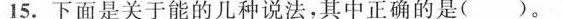
15.下面是关于能的几种说法，其中正确的是( )。